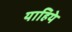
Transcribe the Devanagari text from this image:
याहिये